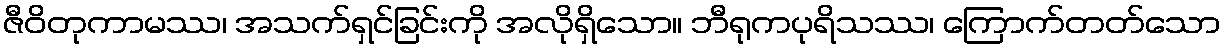
ဇီဝိတုကာမဿ၊ အသက်ရှင်ခြင်းကို အလိုရှိသော။ ဘီရုကပုရိသဿ၊ ကြောက်တတ်သော